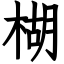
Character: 楜